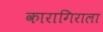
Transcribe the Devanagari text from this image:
कारागिराला